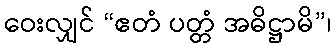
ဝေးလျှင် “ဧတံ ပတ္တံ အဓိဋ္ဌာမိ”၊